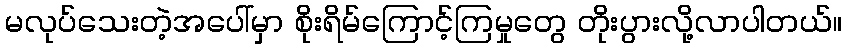
မလုပ်သေးတဲ့အပေါ်မှာ စိုးရိမ်ကြောင့်ကြမှုတွေ တိုးပွားလို့လာပါတယ်။